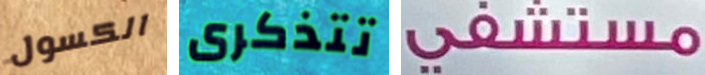
الكسول تتذكرى مستشفى